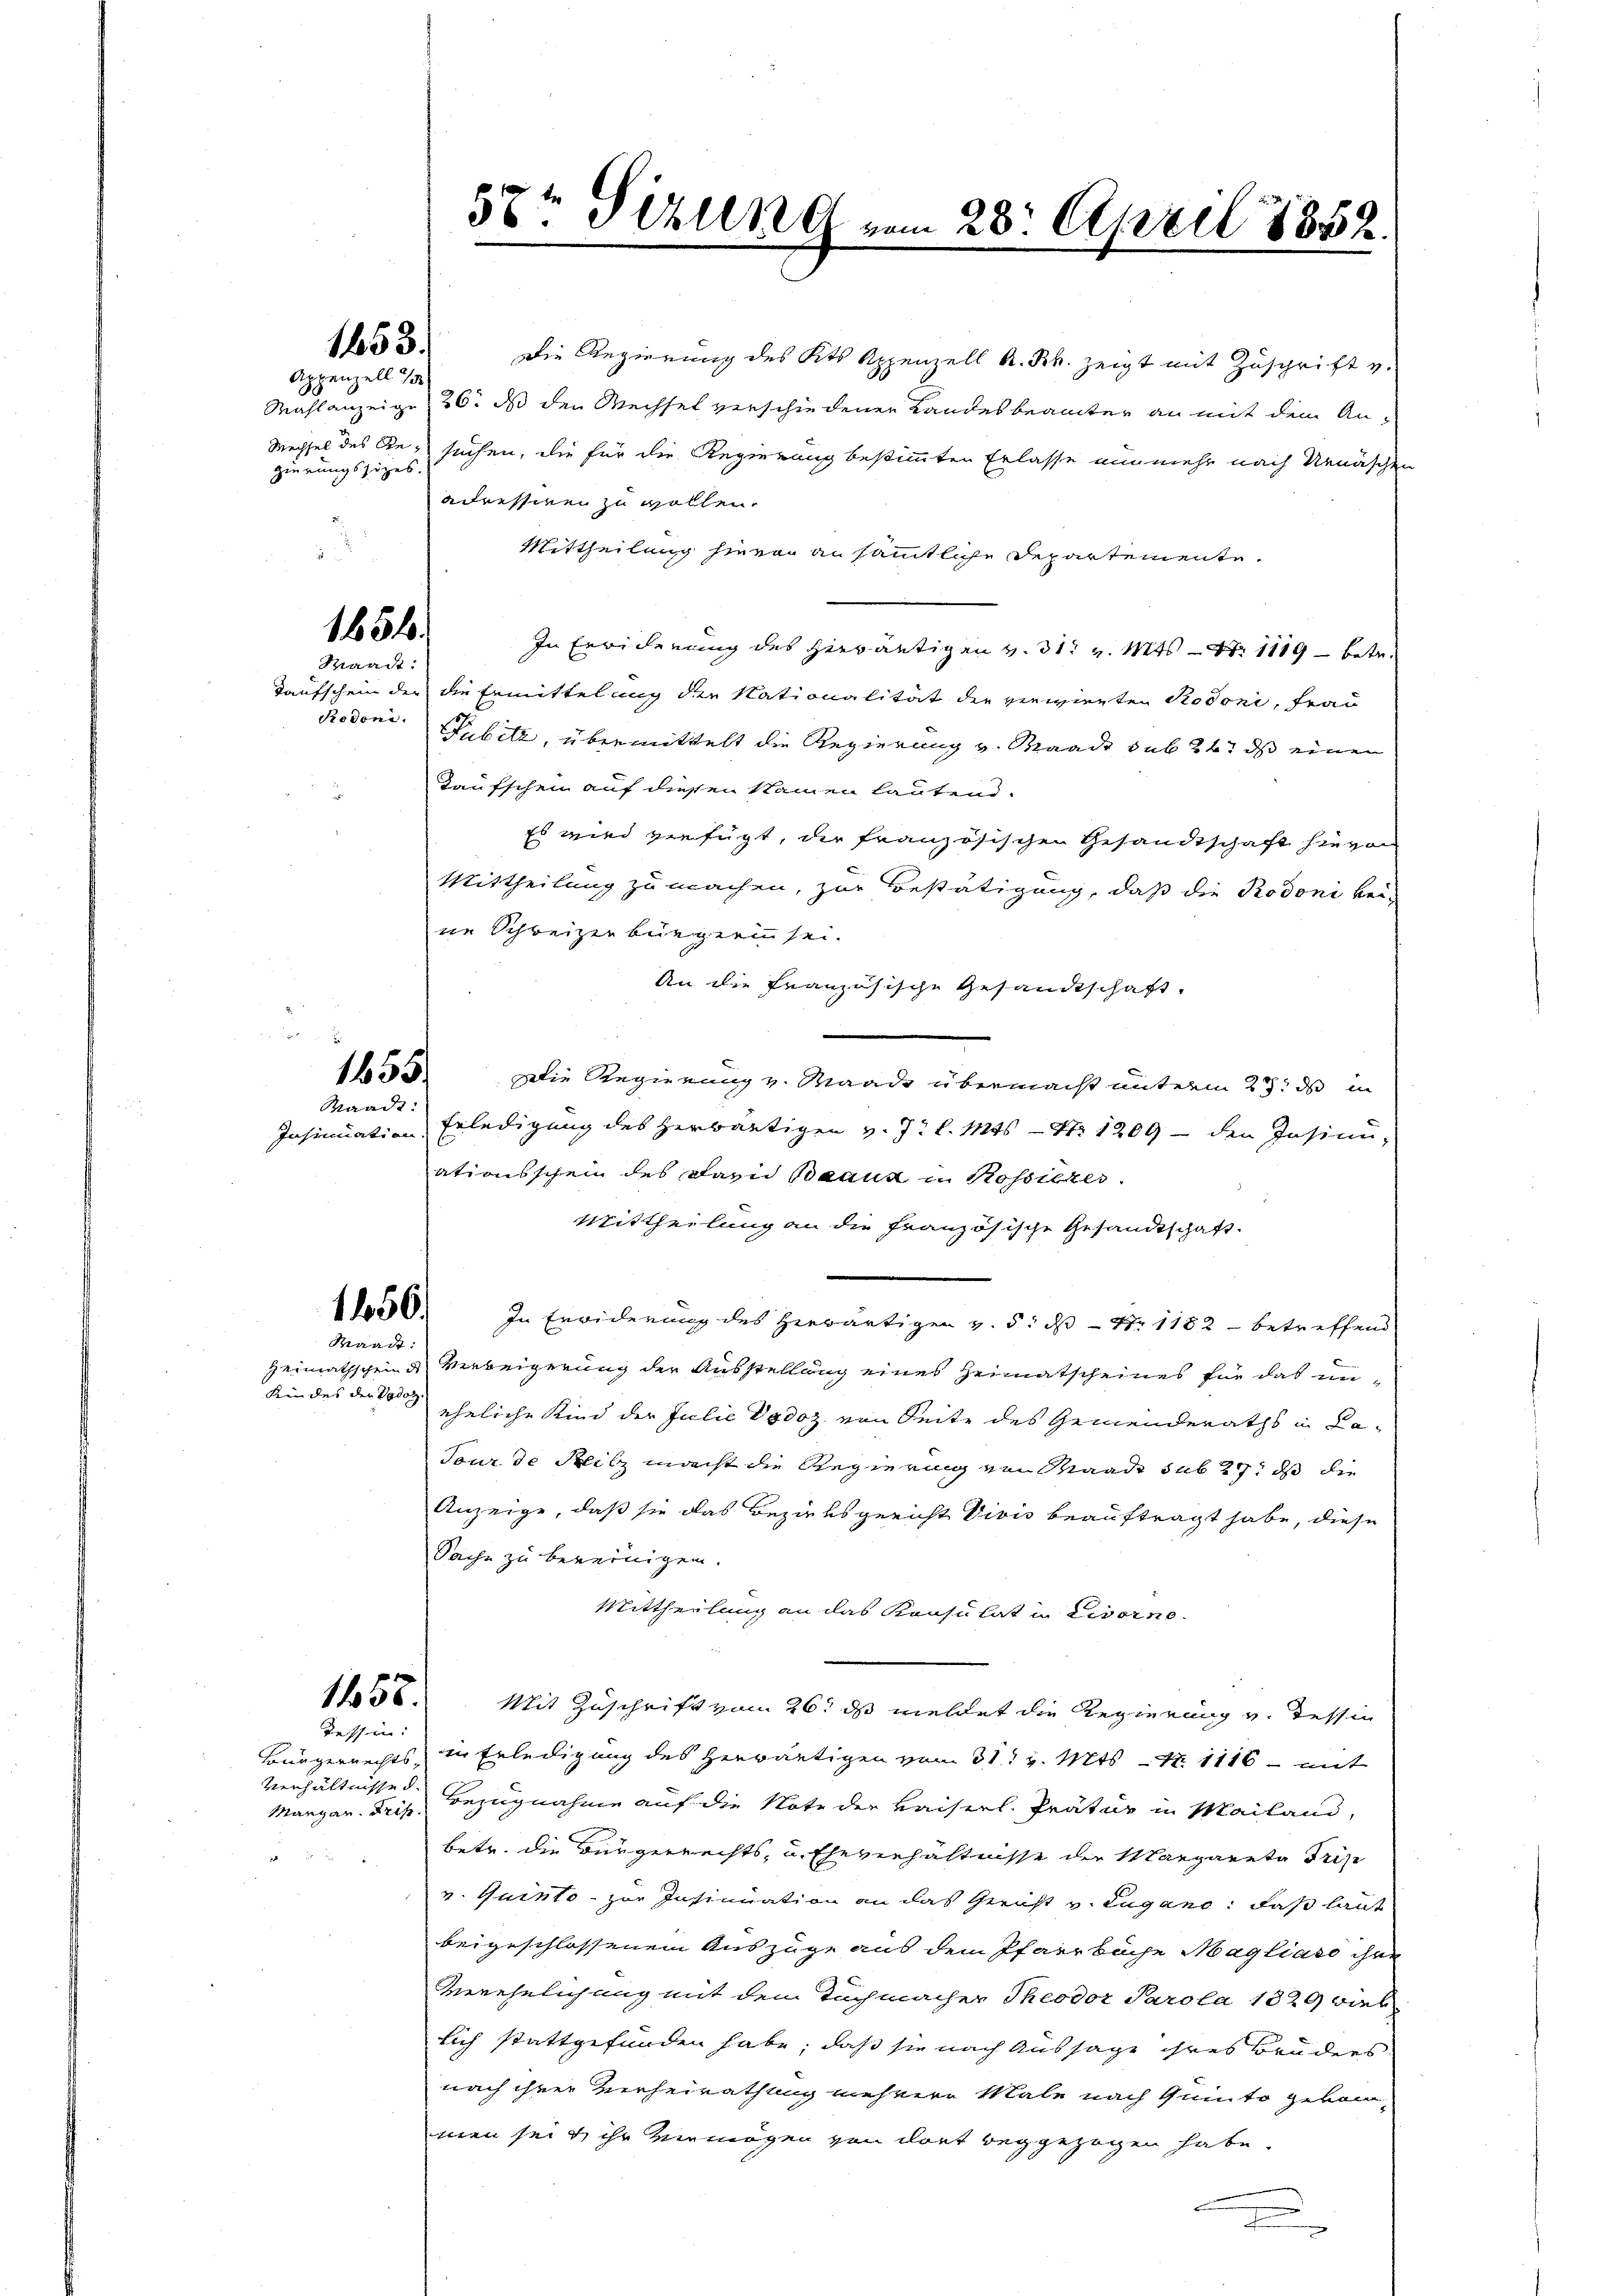
Mechsel des Regierungssizes

diis

1453.
Appenzell 1

1854.
Waadt:

Redoni.

1455.

Insinuation

2

Die Regierung des Kts Appenzell A. R. zeigt mit Zuschrift v.
Wahlanzeige 26. ds den Wechsel verschiedenen Landesbeamter an mit dem Ansuchen, die für die Regierung bestimmten Erlasse nunmehr nach Urnäschen
adressinen zu wollen.
Mittheilung hievon an sämmtliche Departemente.
In Erwiderung des Herräutigen v. 31. v. Mts. – Nr 1189 – betr.
Taufschein der die Ermittelung der Nationalität der verwirrten Rodoni, Frau
Pubile, übermittelt die Regierung v. Waadt sub 26t ds einen
Taufschen auf diesen Namen lautend.
Es wird verfügt, die französischen Gesandtschaft hievon
Mittheilung zu machen, zur Bestätigung, daß die Rodoni bei-
ne Schweizerbürgerin sei.
An die französische Gesandtschaft.
.
Die Regierung v. Waadt übermacht unterm 23. ds in
Waadt Erledigung des herwärtigen v. J. l. Mts. — Nr 1209 - den Insinn-
ationsschein des David Beaux in Rossitzes.
Mittheilung an die Französische Gesandtschaft.
1800. In Erwiderung des herwärtigen v. 5. dß - N. 1182 - betreffend
Waadt:
Heimathschein de
Verweigerung der Ausstellung eines Heimatscheines für das un¬
Kin des der Vadot
eheliche Kind der Julie Dodoz von Seite des Gemeinderaths in La¬
Tour de Blitz macht die Regierung von Waadt sub 27. ds die
Anzeige, daß sie das Bezirksgericht Vivis beauftragt habe, diese
Sache zu bereinigen.
Mittheilung an das Konsulat in Livorne
13. Mit Zuschrift vom 26. ds meldet die Regierung v. Tessin
Tessin:
Bürgerrechts, in Erledigung des herwärtigen vom 31. v. Mts. – N. 1116 - mit
Verhältnisse d.
Margar. Fris. Bezugnahme auf die Note der Kaiserl. Prätur in Mailand,
betr. die Bürgerrechts, u. Eheverhältnisse der Margareta Trip
v. Quinte - zur Insinuation an das Gericht v. Lugano, daß laut
beigeschlossenem Auszüge aus dem Pfarrbüche Magliaso ihne
Verehelichung mit dem Tuchmacher Theodor Parola 1329 wirk
lich stattgefunden habe, daß sie nach Aussage ihres Bruders.
nach ihrer Verheirathung mehrere Male nach Quinto gekommen sei & ihr vermögen von dort beggezogen habe.
.

57t Sizung vom 28. April 1852.